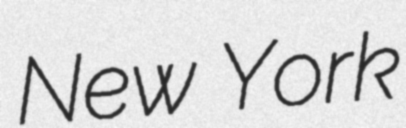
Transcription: New York